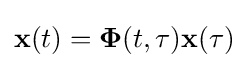
\mathbf {x} (t)=\mathbf {\Phi } (t,\tau )\mathbf {x} (\tau )